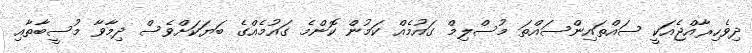
ދިވެހިރާއްޖެއަކީ ސައްތައިންސައްތަ މުސްލިމް ގައުމެއް ކަމުން ކޮންމެ ގައުމެއްގެ ބަޔަކަށްވެސް ދިމާވާ މުސީބާތާއި